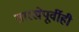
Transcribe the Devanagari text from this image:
तारखेपूर्वीही